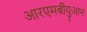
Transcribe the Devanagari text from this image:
आरएमबीयुआन